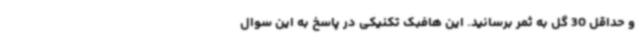
و حداقل 30 گل به ثمر برسانید. این هافبک تکنیکی در پاسخ به این سوال